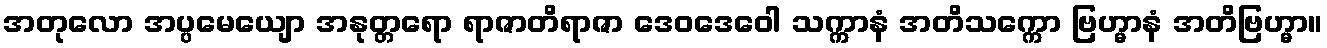
အတုလော အပ္ပမေယျော အနုတ္တရော ရာဇာတိရာဇာ ဒေဝဒေဝေါ သက္ကာနံ အတိသက္ကော ဗြဟ္မာနံ အတိဗြဟ္မာ။